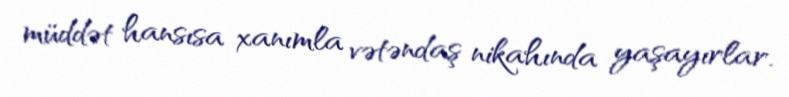
müddət hansısa xanımla vətəndaş nikahında yaşayırlar.